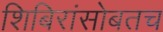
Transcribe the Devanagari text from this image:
शिबिरांसोबतच